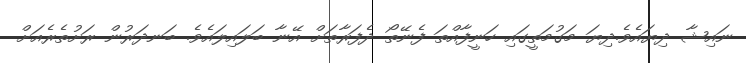
ނައިޝާ ދިޔައެވެ.ދިޔަ މަގުމަތީގައި ހަނީފާއްތަ ފެނޭތޯ ދެފަރާތަށް އޭނާ ބަލައިލައެވެ. ބަނދަރުން ރަށުތެރެއަށް